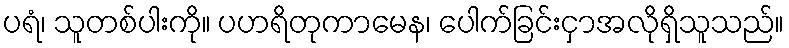
ပရံ၊ သူတစ်ပါးကို။ ပဟရိတုကာမေန၊ ပေါက်ခြင်းငှာအလိုရှိသူသည်။